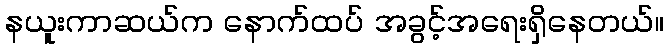
နယူးကာဆယ်က နောက်ထပ် အခွင့်အရေးရှိနေတယ်။